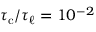
{ \tau _ { \mathrm { c } } } / { \tau _ { \ell } } = 1 0 ^ { - 2 }